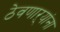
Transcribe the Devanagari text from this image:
ठेवणाऱ्यांना